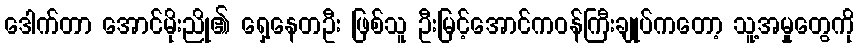
ဒေါက်တာ အောင်မိုးညို၏ ရှေ့နေတဦး ဖြစ်သူ ဦးမြင့်အောင်ကဝန်ကြီးချုပ်ကတော့ သူ့အမှုတွေကို